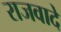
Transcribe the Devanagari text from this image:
राजवादे